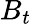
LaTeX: B_{t}